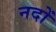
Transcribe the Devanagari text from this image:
नदों